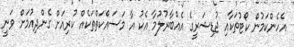
އެހެންކަމުން ކޯޓުތަކާއި ޖުޑިޝަރީގެ އެއްބާރުލުމާ އެކު އާ މަސައްކަތްތަކެއް ކުރިއަށް ގެންދިއުމަށް ވަނީ